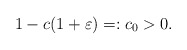
\begin{align*}1 - c(1+ \varepsilon) =: c_0 > 0. \end{align*}